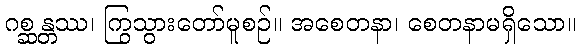
ဂစ္ဆန္တဿ၊ ကြွသွားတော်မူစဉ်။ အစေတနာ၊ စေတနာမရှိသော။